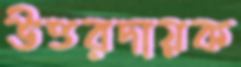
উত্তরদায়ক